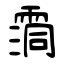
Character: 霘